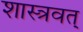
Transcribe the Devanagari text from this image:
शास्त्रवत्‌